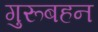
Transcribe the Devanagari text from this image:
गुरूबहन